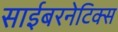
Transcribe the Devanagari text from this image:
साईबरनेटिक्स